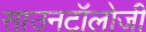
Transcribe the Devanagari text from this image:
साउनटॉलोजी